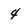
Character: 4